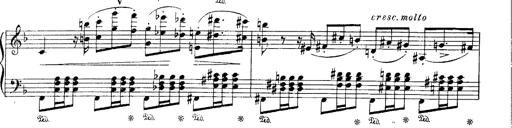
Title: Paraphrase de concert sur Ernani II
Composer: Franz Liszt